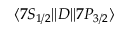
\ensuremath { \langle 7 S _ { 1 / 2 } | | } D \ensuremath { | | 7 P _ { 3 / 2 } \rangle }